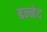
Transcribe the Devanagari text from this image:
बन्नेद